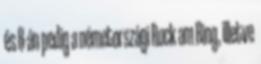
és 8-án pedig a németországi Rock am Ring, illetve